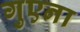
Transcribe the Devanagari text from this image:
गुएना